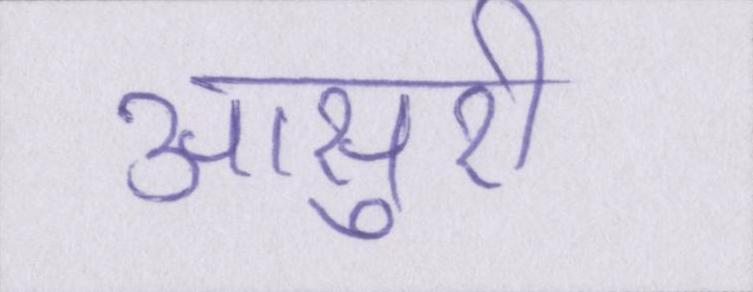
आसुरी